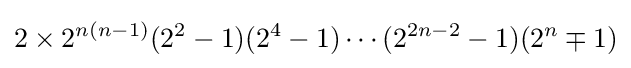
2\times 2^{n(n-1)}(2^{2}-1)(2^{4}-1)\cdots (2^{2n-2}-1)(2^{n}\mp 1)